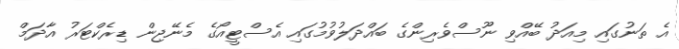
އެ ތަނުގައި މިއަދު ބޭއްވި ނޫސްވެރިންގެ ބައްދަލުވުމުގައި އެސްޓީއޯގެ މެނޭޖިން ޑިރެކްޓަރު އާދަމް